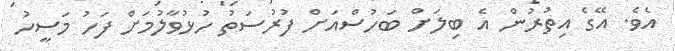
އެވެ. އޭގެ އިތުރުން އެ ބިލަށް ބަހުސްއަށް ފުރުސަތު ހުޅުވާލުމަށް ފަހު މަސީހު